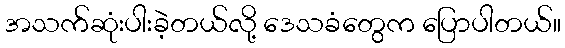
အသက်ဆုံးပါးခဲ့တယ်လို့ ဒေသခံတွေက ပြောပါတယ်။